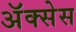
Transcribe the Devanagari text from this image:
अॅक्सेस